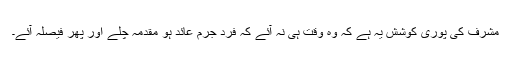
مشرف کی پوری کوشش یہ ہے کہ وہ وقت ہی نہ آئے کہ فرد جرم عائد ہو مقدمہ چلے اور پھر فیصلہ آئے۔